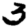
Digit: 3